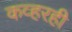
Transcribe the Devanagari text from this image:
कव्हरही